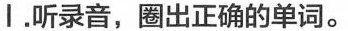
I.听录音,圈出正确的单词.